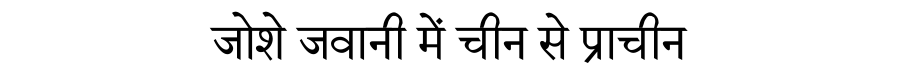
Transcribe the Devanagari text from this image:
जोशे जवानी में चीन से प्राचीन